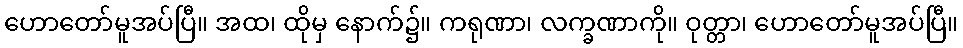
ဟောတော်မူအပ်ပြီ။ အထ၊ ထိုမှ နောက်၌။ ကရုဏာ၊ လက္ခဏာကို။ ဝုတ္တာ၊ ဟောတော်မူအပ်ပြီ။